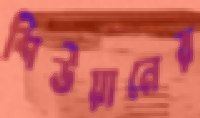
শিউয়ানের